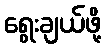
ရွေးချယ်ဖို့